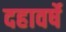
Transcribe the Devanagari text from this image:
दहावर्षे